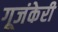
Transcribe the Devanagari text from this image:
गूजंकेरी